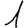
Digit: 1